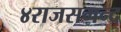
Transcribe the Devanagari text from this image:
४राजसमन्द